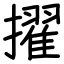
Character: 擢